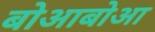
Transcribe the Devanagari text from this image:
बोआबोआ